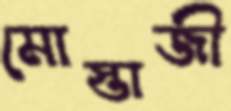
মোস্তাজী